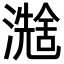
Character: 𪷮